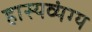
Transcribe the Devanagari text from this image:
हास्यव्यंग्य